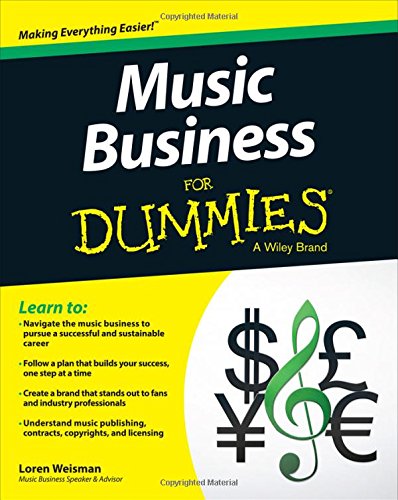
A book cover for Music Business For Dummies; Loren Weisman; Arts & Photography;